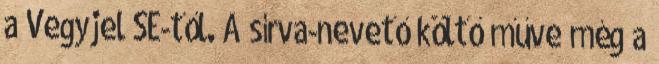
a Vegyjel SE-től. A sírva-nevető költő műve még a